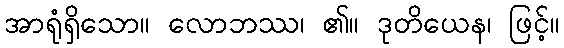
အာရုံရှိသော။ လောဘဿ၊ ၏။ ဒုတိယေန၊ ဖြင့်။